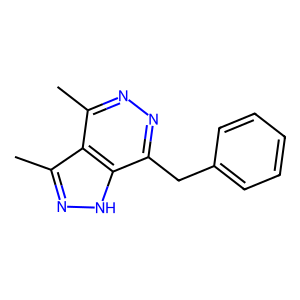
SMILES: Cc1nnc(Cc2ccccc2)c2[nH]nc(C)c12
Inhibits HIV replication: No